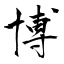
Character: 博